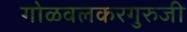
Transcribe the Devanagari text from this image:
गोळवलकरगुरुजी